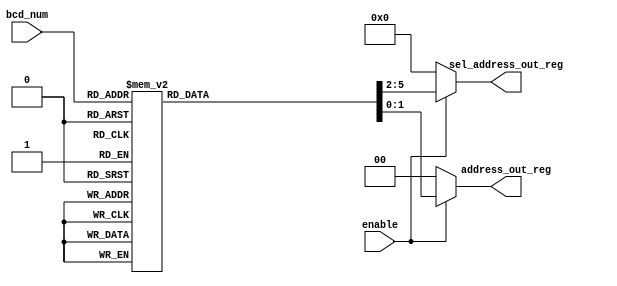
`timescale 1ns / 1ps
//////////////////////////////////////////////////////////////////////////////////


// Module Name:    DECODER
// Project Name:
// Target Devices:   ARTIX 7
// Tool versions:
// Description:  DECODIFICADOR DE LOS NUMEROS DEL RTC
// Additional Comments:  HECHO POR JOAO SALAS
//
//////////////////////////////////////////////////////////////////////////////////
module DECODER(
  input enable,
  input [3:0] bcd_num,
  output  reg [1:0] address_out_reg,//address_out2,
  output   reg [3:0] sel_address_out_reg //sel_address_out2
  );

always@* begin
	 if(enable) begin
          case(bcd_num)
             4'b0000 :begin
                  address_out_reg = 2'h0;
                  sel_address_out_reg=4;end
             4'b0001 :begin
                  address_out_reg = 2'h1;
                 sel_address_out_reg=4;end
             4'b0010 :begin
					        address_out_reg = 2'h2;
                  sel_address_out_reg=4;end
             4'b0011 :begin
                    address_out_reg = 2'h3;
                    sel_address_out_reg=4;end
             4'b0100 :begin
                   address_out_reg = 2'h0;
                   sel_address_out_reg=5;end
             4'b0101 : begin
                   address_out_reg = 2'h1;
                   sel_address_out_reg=5;end
             4'b0110 : begin
                    address_out_reg = 2'h2;
                    sel_address_out_reg=5;end
             4'b0111 : begin
                   address_out_reg = 2'h3;
                   sel_address_out_reg=5;end
             4'b1000 : begin
                   address_out_reg = 2'h0;
                   sel_address_out_reg=6;end
             4'b1001 : begin
                   address_out_reg = 2'h1;
                   sel_address_out_reg=6;end

             default:  begin address_out_reg = 0;sel_address_out_reg=0;end
        	endcase
		  end
		  else begin
		   address_out_reg = 0;sel_address_out_reg=0;end
		end


endmodule